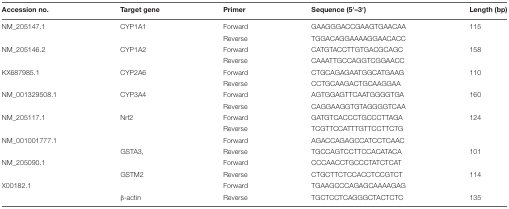
<table><thead><tr><td><b>Accession no.</b></td><td><b>Target gene</b></td><td><b>Primer</b></td><td><b>Sequence (5′–3′)</b></td><td><b>Length (bp)</b></td></tr></thead><tbody><tr><td>NM_205147.1</td><td>CYP1A1</td><td>Forward</td><td>GAAGGGACCGAAGTGAACAA</td><td>115</td></tr><tr><td></td><td></td><td>Reverse</td><td>TGGACAGGAAAAGGAACACC</td><td></td></tr><tr><td>NM_205146.2</td><td>CYP1A2</td><td>Forward</td><td>CATGTACCTTGTGACGCAGC</td><td>158</td></tr><tr><td></td><td></td><td>Reverse</td><td>CAAATTGCCAGGTCGGAACC</td><td></td></tr><tr><td>KX687985.1</td><td>CYP2A6</td><td>Forward</td><td>CTGCAGAGAATGGCATGAAG</td><td>110</td></tr><tr><td></td><td></td><td>Reverse</td><td>CCTGCAAGACTGCAAGGAA</td><td></td></tr><tr><td>NM_001329508.1</td><td>CYP3A4</td><td>Forward</td><td>AGTGGAGTTCAATGGGGTGA</td><td>160</td></tr><tr><td></td><td></td><td>Reverse</td><td>CAGGAAGGTGTAGGGGTCAA</td><td></td></tr><tr><td>NM_205117.1</td><td>Nrf2</td><td>Forward</td><td>GATGTCACCCTGCCCTTAGA</td><td>124</td></tr><tr><td></td><td></td><td>Reverse</td><td>TCGTTCCATTTGTTCCTTCTG</td><td></td></tr><tr><td>NM_001001777.1</td><td></td><td>Forward</td><td>AGACCAGAGCCATCCTCAAC</td><td></td></tr><tr><td></td><td>GSTA3,</td><td>Reverse</td><td>TGCCAGTCCTTCCACATACA</td><td>101</td></tr><tr><td>NM_205090.1</td><td></td><td>Forward</td><td>CCCAACCTGCCCTATCTCAT</td><td></td></tr><tr><td></td><td>GSTM2</td><td>Reverse</td><td>CTGCTTCTCCACCTCCGTCT</td><td>114</td></tr><tr><td>X00182.1</td><td></td><td>Forward</td><td>TGAAGCCCAGAGCAAAAGAG</td><td></td></tr><tr><td></td><td>β-actin</td><td>Reverse</td><td>TGCTCCTCAGGGCTACTCTC</td><td>135</td></tr></tbody></table>